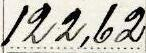
122,62